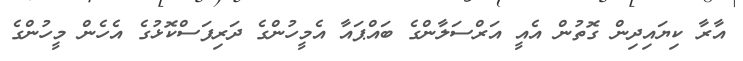
އާރާ ކިޔައިދިން ގޮތުން އެއީ އަރްސަލާންގެ ބައްޕައާ އެމީހުންގެ ދަރިފަސްކޮޅުގެ އެހެން މީހުންގެ